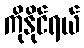
ကိုနိုင်ရယ်